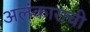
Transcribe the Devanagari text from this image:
अलंकाराची